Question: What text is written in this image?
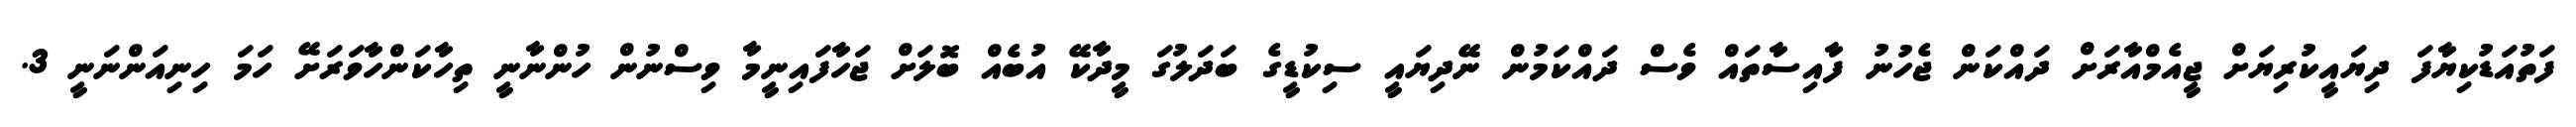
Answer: ފަތުއަޑުކިޔާފަ ދިޔައީކުރިޔަށް ޖީއެމްއާރަށް ދައްކަން ޖެހުނު ފާއިސާތައް ވެސް ދައްކަމުން ނޭދިޔައީ ސިކުޑީގެ ބަދަލުގަ މީދާކޭ އުބެއް ބޮލަށް ޖަހާފައިނީމާ ވިސްނުން ހުންނާނީ ތިހާކަންހާވަރަށޭ ހަމަ ހިނިއަންނަނީ 3.